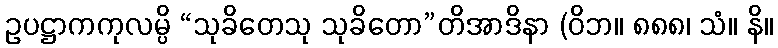
ဥပဋ္ဌာကကုလမ္ပိ “သုခိတေသု သုခိတော”တိအာဒိနာ (ဝိဘ။ ၈၈၈၊ သံ။ နိ။